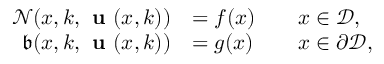
\begin{array} { r l r l } { \mathcal { N } ( \boldsymbol { x } , \boldsymbol { k } , \textbf { u } ( \boldsymbol { x } , \boldsymbol { k } ) ) } & { = f ( \boldsymbol { x } ) } & & { \boldsymbol { x } \in \mathcal { D } , } \\ { \mathfrak { b } ( \boldsymbol { x } , \boldsymbol { k } , \textbf { u } ( \boldsymbol { x } , \boldsymbol { k } ) ) } & { = g ( \boldsymbol { x } ) } & & { \boldsymbol { x } \in \partial \mathcal { D } , } \end{array}